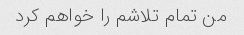
من تمام تلاشم را خواهم کرد